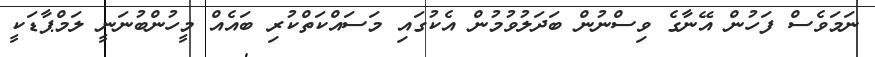
ނަމަވެސް ފަހުން އޭނާގެ ވިސްނުން ބަދަލުވުމުން އެކުގައި މަސައްކަތްކުރި ބައެއް މީހުންބުނަނީ ލަމްޕާޑަކީ